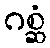
ဂစ္ဆံ